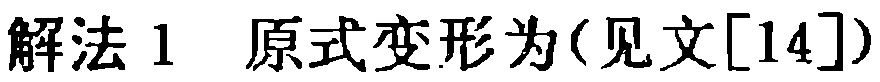
解法 1 原式变形为(见文[14])